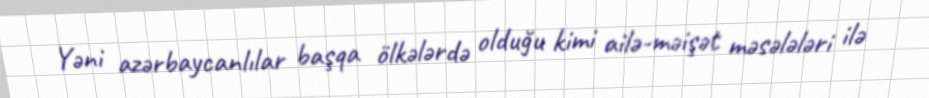
Yəni azərbaycanlılar başqa ölkələrdə olduğu kimi ailə-məişət məsələləri ilə